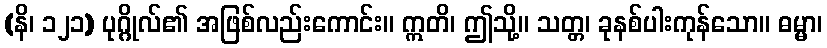
(နိ၊ ၁၂၁) ပုဂ္ဂိုလ်၏ အဖြစ်လည်းကောင်း။ ဣတိ၊ ဤသို့။ သတ္တ၊ ခုနစ်ပါးကုန်သော။ ဓမ္မာ၊